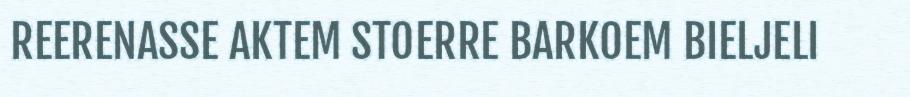
REERENASSE AKTEM STOERRE BARKOEM BIELJELI